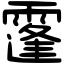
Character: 𩅛